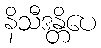
နိသီဒန္တိပေ